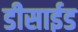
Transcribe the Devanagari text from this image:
डीसाईड